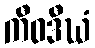
ကီဝဒီဃံ